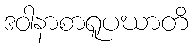
ဒဝါနာစာရူပဃာတိ